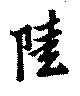
陸